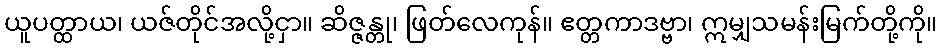
ယူပတ္ထာယ၊ ယဇ်တိုင်အလို့ငှာ။ ဆိဇ္ဇန္တု၊ ဖြတ်လေကုန်။ ဧတ္တကာဒဗ္ဗာ၊ ဣမျှသမန်းမြက်တို့ကို။